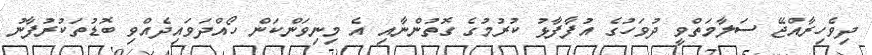
ދިވެހިރާއްޖޭ ސަލާމަތްވީ ދުވަހުގެ އުފާފާޅު ކުރުމުގެ ގޮތުންނާއި އެ މިނިވަންކަން ހޯއްދަވައިދެއްވި ބޮޑުތަކުރުފާނު